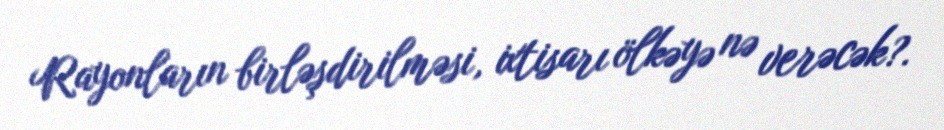
Rayonların birləşdirilməsi, ixtisarı ölkəyə nə verəcək?.